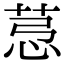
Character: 𦯡